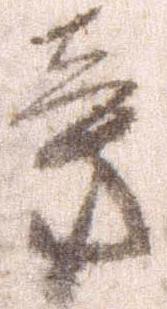
旁